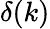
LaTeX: \delta(k)